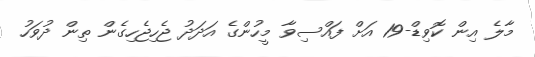
މާލެ އިން ކޮވިޑް-19 އަށް ފައްސިވާ މީހުންގެ އަދަދު ޖެހިޖެހިގެން ތިން ދުވަހު